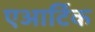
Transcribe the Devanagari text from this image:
एआर्टिक